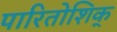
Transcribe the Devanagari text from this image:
पारितोशिक्